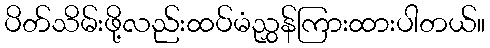
ပိတ်သိမ်းဖို့လည်းထပ်မံညွှန်ကြားထားပါတယ်။